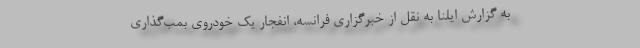
به گزارش ایلنا به نقل از خبرگزاری فرانسه، انفجار یک خودروی بمب‌گذاری